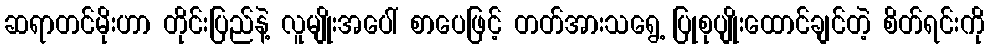
ဆရာတင်မိုးဟာ တိုင်းပြည်နဲ့ လူမျိုးအပေါ် စာပေဖြင့် တတ်အားသရွေ့ ပြုစုပျိုးထောင်ချင်တဲ့ စိတ်ရင်းကို